Vaccination North-Western Provinces 1866-1877 - 1866-1877
Year: 1866
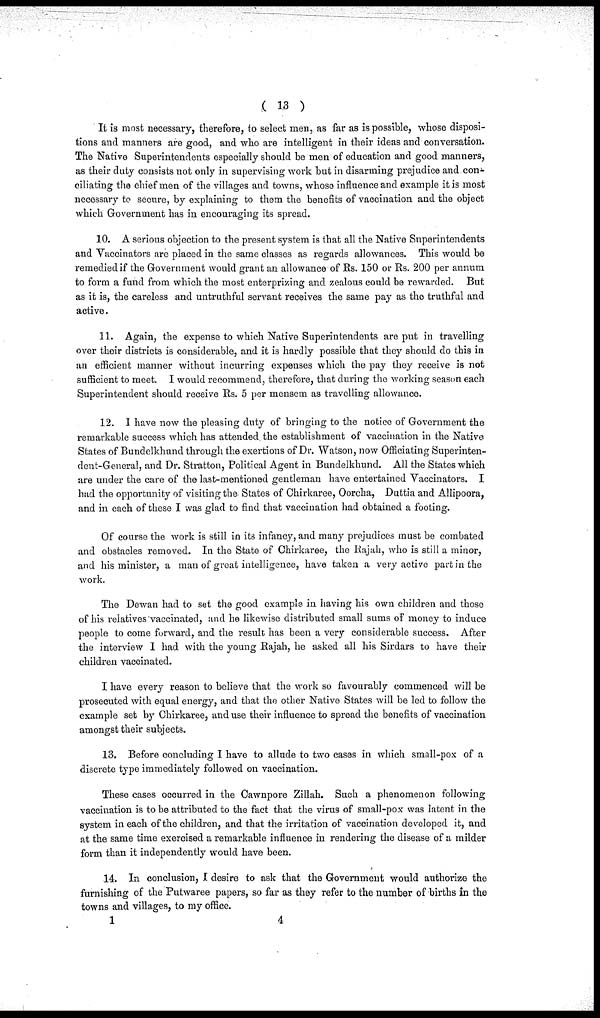
( 13 )
It is most necessary, therefore, to select men, as far as is possible, whose disposi-
tions and manners are good, and who are intelligent in their ideas and conversation.
The Native Superintendents especially should be men of education and good manners,
as their duty consists not only in supervising work but in disarming prejudice and con-
ciliating the chief men of the villages and towns, whose influence and example it is most
necessary to secure, by explaining to them the benefits of vaccination and the object
which Government has in encouraging its spread.
10. A serious objection to the present system is that all the Native Superintendents
and Vaccinators are placed in the same classes as regards allowances. This would be
remedied if the Government would grant an allowance of Rs. 150 or Rs. 200 per annum
to form a fund from which the most enterprising and zealous could be rewarded. But
as it is, the careless and untruthful servant receives the same pay as the truthful and
active.
11. Again, the expense to which Native Superintendents are put in travelling
over their districts is considerable, and it is hardly possible that they should do this in
an efficient manner without incurring expenses which the pay they receive is not
sufficient to meet. I would recommend, therefore, that during the working season each
Superintendent should receive Rs. 5 per mensem as travelling allowance.
12. I have now the pleasing duty of bringing to the notice of Government the
remarkable success which has attended the establishment of vaccination in the Native
States of Bundelkhund through the exertions of Dr. Watson, now Officiating Superinten-
dent-General, and Dr. Stratton, Political Agent in Bundelkhund. All the States which
are under the care of the last-mentioned gentleman have entertained Vaccinators. I
had the opportunity of visiting the States of Chirkaree, Oorcha, Duttia and Allipoora,
and in each of these I was glad to find that vaccination had obtained a footing.
Of course the work is still in its infancy, and many prejudices must be combated
and obstacles removed. In the State of Chirkaree, the Rajah, who is still a minor,
and his minister, a man of great intelligence, have taken a very active part in the
work.
The Dewan had to set the good example in having his own children and those
of his relatives vaccinated, and he likewise distributed small sums of money to induce
people to come forward, and the result has been a very considerable success. After
the interview I had with the young Rajah, he asked all his Sirdars to have their
children vaccinated.
I have every reason to believe that the work so favourably commenced will be
prosecuted with equal energy, and that the other Native States will be led to follow the
example set by Chirkaree, and use their influence to spread the benefits of vaccination
amongst their subjects.
13. Before concluding I have to allude to two cases in which small-pox of a
discrete type immediately followed on vaccination.
These cases occurred in the Cawnpore Zillah. Such a phenomenon following
vaccination is to be attributed to the fact that the virus of small-pox was latent in the
system in each of the children, and that the irritation of vaccination developed it, and
at the same time exercised a remarkable influence in rendering the disease of a milder
form than it independently would have been.
14. In conclusion, I desire to ask that the Government would authorize the
furnishing of the Putwaree papers, so far as they refer to the number of births in the
towns and villages, to my office.
1
4